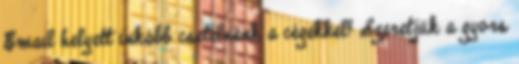
Email helyett inkább csetelnénk a cégekkel? Szeretjük a gyors